Annual administration report of the Civil Veterinary Department, Sind - 1940-1941
Year: 1940
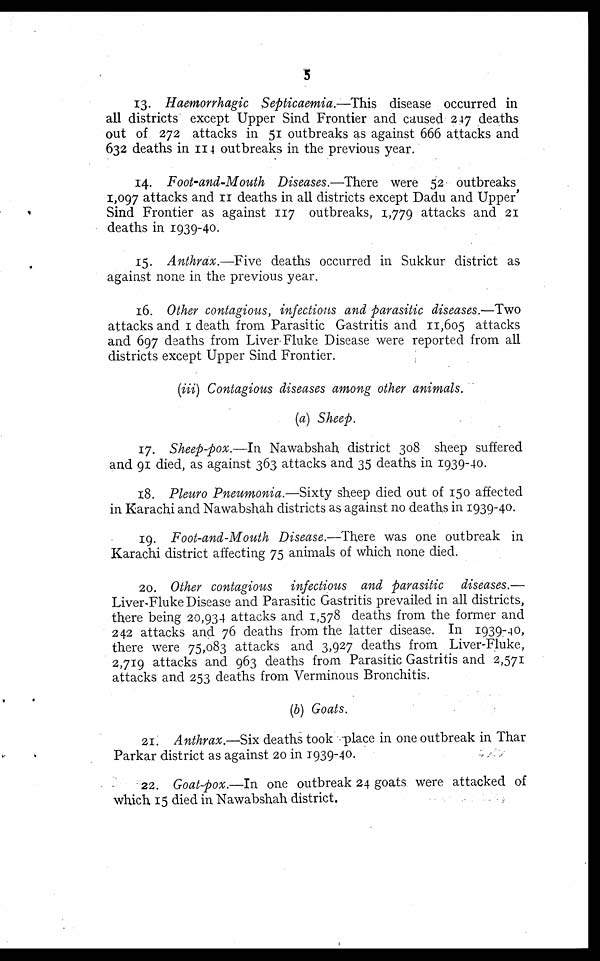
5
13. Haemorrhagic Septicaemia.—This disease occurred in
all districts except Upper Sind Frontier and caused 247 deaths
out of 272 attacks in 51 outbreaks as against 666 attacks and
632 deaths in 114 outbreaks in the previous year.
14. Foot-and-Mouth Diseases.—There were 52 outbreaks
1,097 attacks and 11 deaths in all districts except Dadu and Upper'
Sind Frontier as against 117 outbreaks, 1,779 attacks and 21
deaths in 1939-40.
15. Anthrax.—Five deaths occurred in Sukkur district as
against none in the previous year.
16. Other contagious, infectious and parasitic diseases.—Two
attacks and 1 death from Parasitic Gastritis and 11,605 attacks
and 697 deaths from Liver Fluke Disease were reported from all
districts except Upper Sind Frontier.
(iii) Contagious diseases among other animals.
(a) Sheep.
17. Sheep-pox.—In Nawabshah district 308 sheep suffered
and 91 died, as against 363 attacks and 35 deaths in 1939-40.
18. Pleuro Pneumonia.—Sixty sheep died out of 150 affected
in Karachi and Nawabshah districts as against no deaths in 1939-40.
19. Foot-and-Mouth Disease.—There was one outbreak in
Karachi district affecting 75 animals of which none died.
20. Other contagious infectious and parasitic diseases.—
Liver-Fluke Disease and Parasitic Gastritis prevailed in all districts,
there being 20,934 attacks and 1,578 deaths from the former and
242 attacks and 76 deaths from the latter disease. In 1939-40,
there were 75,083 attacks and 3,927 deaths from Liver-Fluke,
2,719 attacks and 963 deaths from Parasitic Gastritis and 2,571
attacks and 253 deaths from Verminous Bronchitis.
(b) Goats.
21. Anthrax.—Six deaths took place in one outbreak in Thar
Parkar district as against 20 in 1939-40.
22. Goat-pox.—In one outbreak 24 goats were attacked of
which 15 died in Nawabshah district.